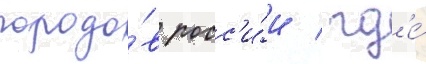
городо́в росс'и́и / гд'е́